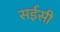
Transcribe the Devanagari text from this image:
सईसी